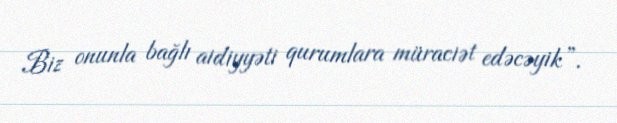
Biz onunla bağlı aidiyyəti qurumlara müraciət edəcəyik”.